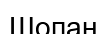
Шопан